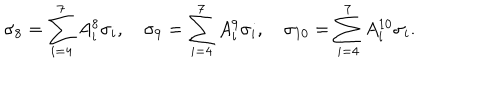
\sigma _ { 8 } = \sum _ { i = 4 } ^ { 7 } A _ { i } ^ { 8 } \sigma _ { i } , \quad \sigma _ { 9 } = \sum _ { i = 4 } ^ { 7 } A _ { i } ^ { 9 } \sigma _ { i } , \quad \sigma _ { 1 0 } = \sum _ { i = 4 } ^ { 7 } A _ { i } ^ { 1 0 } \sigma _ { i } .